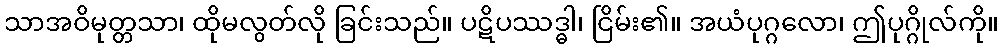
သာအဝိမုတ္တသာ၊ ထိုမလွတ်လို ခြင်းသည်။ ပဋိပဿဒ္ဓါ၊ ငြိမ်း၏။ အယံပုဂ္ဂလော၊ ဤပုဂ္ဂိုလ်ကို။